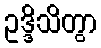
ဥဒ္ဒိသိတွာ